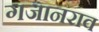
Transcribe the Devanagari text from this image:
गजानराव